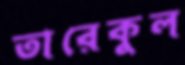
তারেকুল